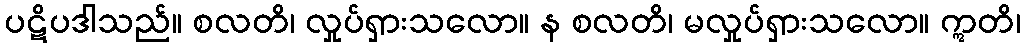
ပဋိပဒါသည်။ စလတိ၊ လှုပ်ရှားသလော။ န စလတိ၊ မလှုပ်ရှားသလော။ ဣတိ၊